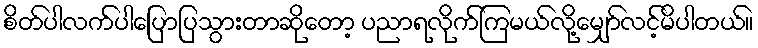
စိတ်ပါလက်ပါပြောပြသွားတာဆိုတော့ ပညာရလိုက်ကြမယ်လို့မျှော်လင့်မိပါတယ်။